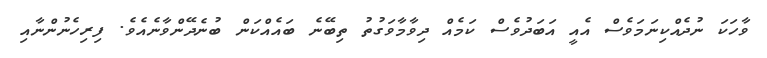
ވާހަކަ ނުދެއްކިނަމަވެސް އެއީ އަބަދުވެސް ކަމެއް ދިވާމާވަގުތު ތިބޭނެ ބައެއްކަން ބުނެދޭންވާނެއެވެ. ފިރިހެނުންނާއި